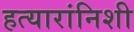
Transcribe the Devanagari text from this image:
हत्यारांनिशी